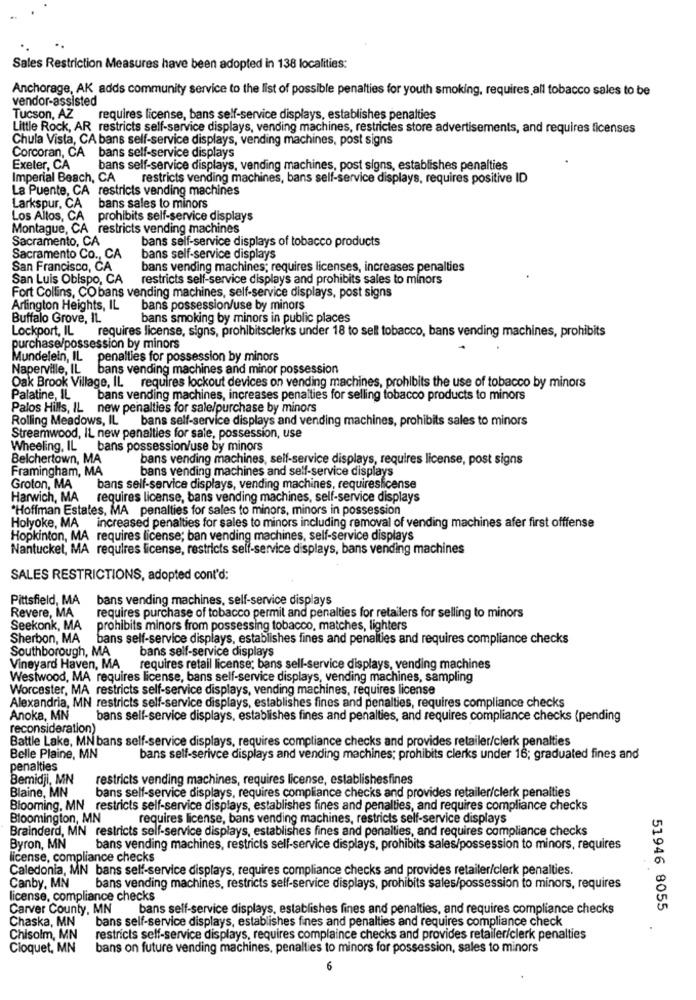
Sales Restriction Measures have been adopted in 138 localities:
Anchorage, AK adds community service to the list of possible penalties for youth smoking, requires,all tobacco sales to be
vendor-assisted
Tucson, AZ
requires license, bans self-service displays, establishes penalties
Little Rock, AR restricts self-service displays, vending machines, restricles store advertisements, and requires licenses
Chula Vista, CA bans self-service displays, vending machines, post signs
Corcoran, CA bans self-service displays
Exeter, CA
bans self-service displays, vending machines, post signs, establishes penalties
Imperial Beach, CA
restricts vending machines, bans self-service displays, requires positive ID
La Puente, CA restricts vending machines
Larkspur, CA
bans sales to minors
Los Altos, CA
prohibits self-service displays
Montague, CA restricts vending machines
Sacramento, CA
bans self-service displays of tobacco products
Sacramento Co ., CA
bans self-service displays
San Francisco, CA
bans vending machines; requires licenses, increases penalties
San Luis Obispo, CA
restricts self-service displays and prohibits sales to minors
Fort Collins, CObans vending machines, self-service displays, post signs
Arlington Heights, IL
bans possession/use by minors
Buffalo Grove, IL
bans smoking by minors in public places
Lockport, IL requires license, signs, prohibitsclerks under 18 to sell tobacco, bans vending machines, prohibits
purchase/possession by minors
Mundelein, IL penalties for possession by minors
Naperville, IL bans vending machines and minor possession
Oak Brook Village, IL requires lockout devices on vending machines, prohibits the use of tobacco by minors
Palatine, IL
bans vending machines, increases penalties for selling tobacco products to minors
Palos Hills, IL new penalties for sale/purchase by minors
Rolling Meadows, IL
bans self-service displays and vending machines, prohibits sales to minors
Streamwood, IL new penalties for sale, possession, use
Wheeling, IL bans possession/use by minors
Belchertown, MA
bans vending machines, self-service displays, requires license, post signs
Framingham, MA
bans vending machines and self-service displays
Groton, MA
bans self-service displays, vending machines, requireslicense
Harwich, MA
requires license, bans vending machines, self-service displays
"Hoffman Estates, MA penalties for sales to minors, minors in possession
Holyoke, MA increased penalties for sales to minors including removal of vending machines afer first offfense
Hopkinton, MA requires license; ban vending machines, self-service displays
Nantucket, MA requires license, restricts self-service displays, bans vending machines
SALES RESTRICTIONS, adopted cont'd:
Pittsfield, MA bans vending machines, self-service displays
Revere, MA
requires purchase of tobacco permit and penalties for retailers for selling to minors
Seekonk, MA
prohibits minors from possessing tobacco, matches, lighters
Sherbon, MA
bans self-service displays, establishes fines and penalties and requires compliance checks
Southborough, MA
bans self-service displays
Vineyard Haven, MA
requires retail license; bans sell-service displays, vending machines
Westwood, MA requires license, bans self-service displays, vending machines, sampling
Worcester, MA restricts self-service displays, vending machines, requires license
Alexandria, MN restricts self-service displays, establishes fines and penalties, requires compliance checks
Anoka, MN
bans self-service displays, establishes fines and penalties, and requires compliance checks (pending
reconsideration)
Battle Lake, MN bans self-service displays, requires compliance checks and provides retailer/clerk penalties
Belle Plaine, MN
bans self-serivce displays and vending machines; prohibits clerks under 16; graduated fines and
penalties
Bemidji, MN
restricts vending machines, requires license, establishesfines
Blaine, MN
bans self-service displays, requires compliance checks and provides retailer/clerk penalties
Blooming, MN restricts self-service displays, establishes fines and penalties, and requires compliance checks
Bloomington, MN
requires license, bans vending machines, restricts self-service displays
Brainderd, MN restricts self-service displays, establishes fines and penalties, and requires compliance checks
Byron, MN
bans vending machines, restricts self-service displays, prohibits sales/possession to minors, requires
license, compliance checks
Caledonia, MN bans self-service displays, requires compliance checks and provides retailer/clerk penalties.
Canby, MN
bans vending machines, restricts self-service displays, prohibits sales/possession to minors, requires
license, compliance checks
Carver County, MN bans self-service displays, establishes fines and penalties, and requires compliance checks
51946 8055
Chaska, MN
bans self-service displays, establishes fines and penalties and requires compliance check
Chisolm, MN
restricts self-service displays, requires complaince checks and provides retailer/clerk penalties
Cloquet, MN
bans on future vending machines, penalties to minors for possession, sales to minors
6